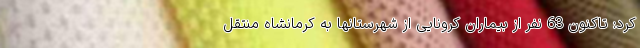
کرد: تاکنون 63 نفر از بیماران کرونایی از شهرستانها به کرمانشاه منتقل